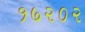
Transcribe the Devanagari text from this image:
१७२०२